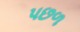
પછળ